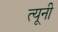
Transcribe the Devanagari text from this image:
त्‍यूनी